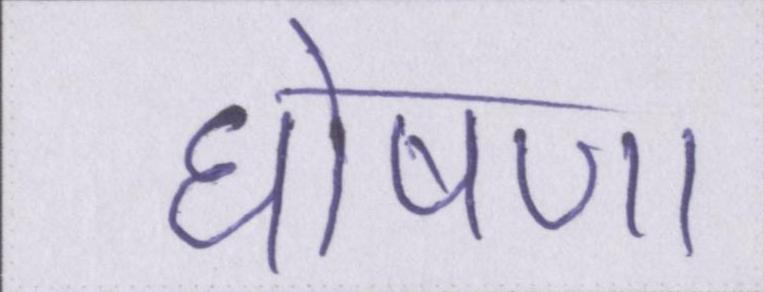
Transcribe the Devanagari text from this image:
घोषणा